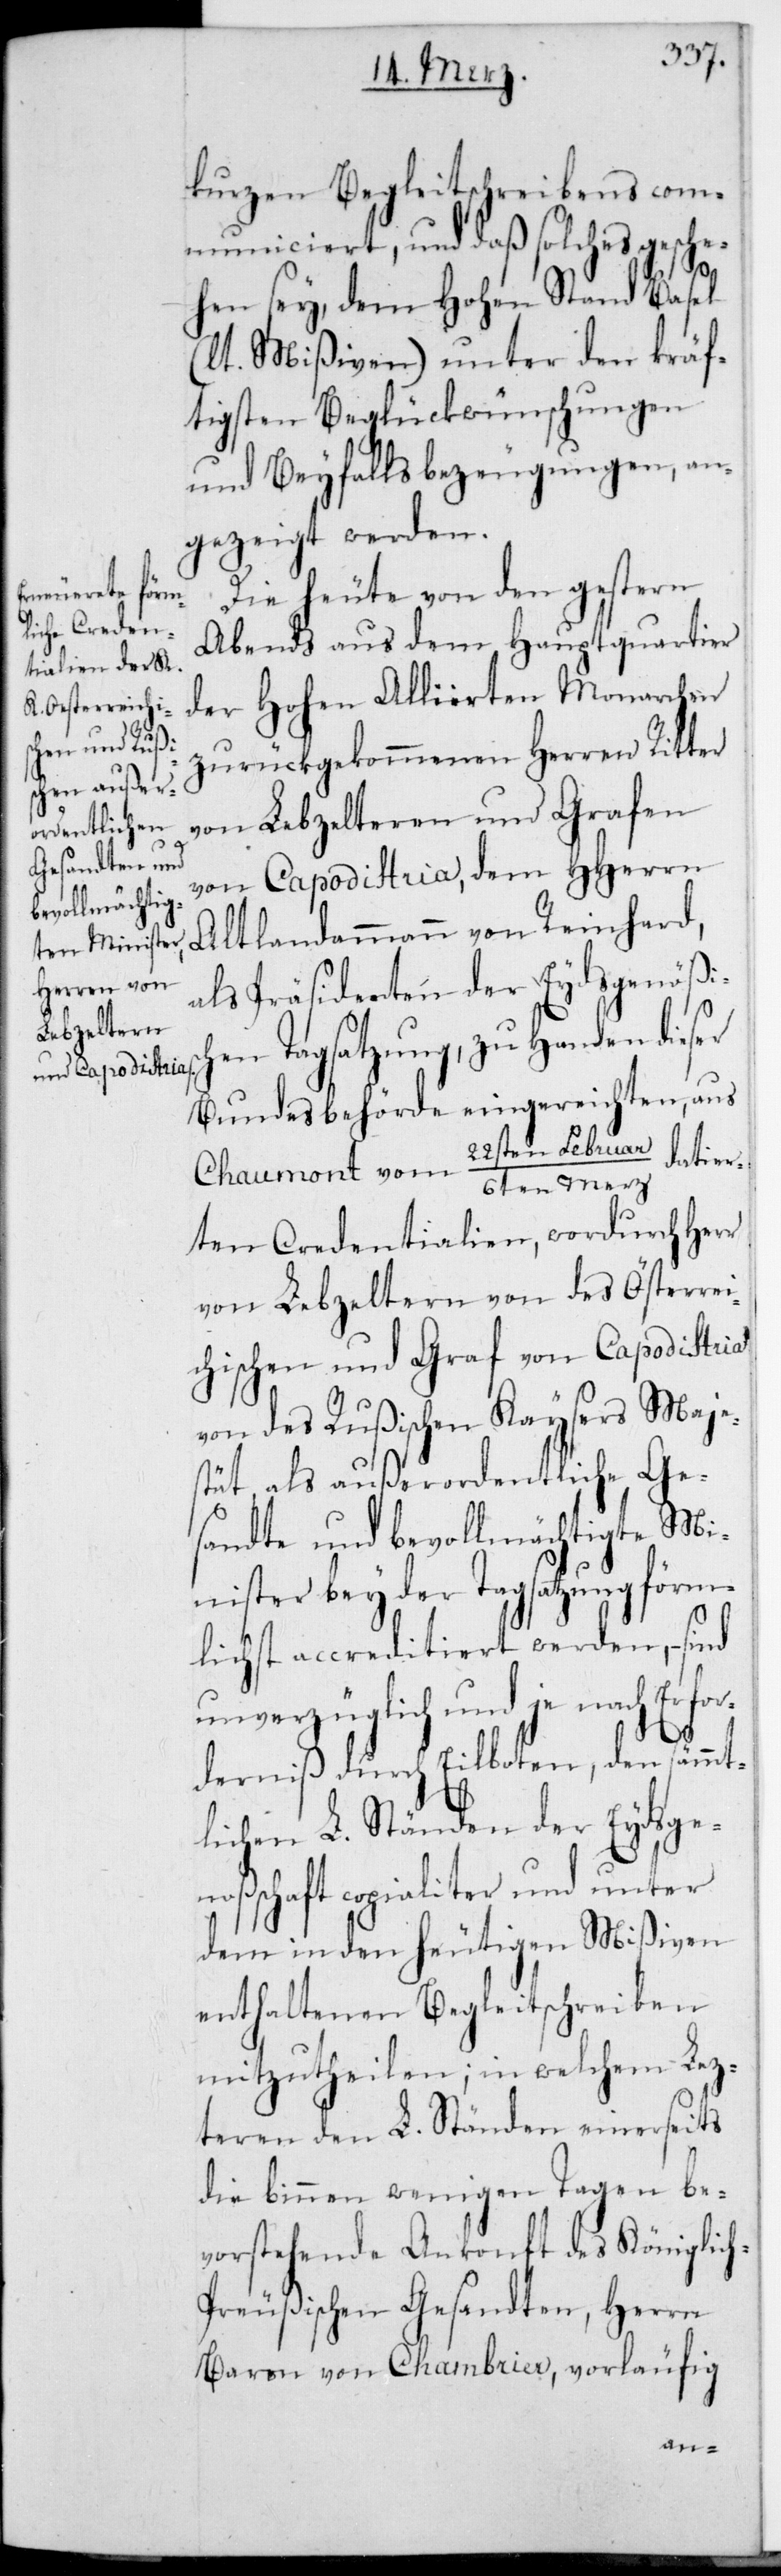
ar/6ten Merz

kurzen Begleitschreibens com¬
municiert, und daß solches gesche¬
hen sey, dem Hohen Stand Basel
t Mißiven) unter den kräf¬
tigsten Beglückwünschungen
und Beyfallsbezeugungen, an¬
gezeigt werden.
Die heute von den gestern
Abends aus dem Hauptquartier
der Hohen Alliierten Monarchen
zurückgekommenen Herren Ritter
von Lebzeltern und Grafen
von Capodistria, dem HHerrn
Altlandammann von Reinhard,
als Präsidenten der Eydsgenößisc¬
hen Tagsatzung, zu Handen dieser
Bundesbehörde eingereichten, aus
datier¬
Chaumont vom 22sten Febru¬
ten Credentialien, wordurch Herr
von Lebzeltern von des Oesterrei¬
chischen und Graf von Capodistria
von des Rußischen Kaysers Maje¬
stät als außerordentliche Ge¬
sandte und bevollmächtige Mi¬
nister bey der Tagsatzung förm¬
lichst accreditiert werden, – sind
unverzüglich und je nach Erfor¬
dernis durch Eilboten, den sämmt¬
lichen L. Ständen der Eydsge¬
noßenschaft copialiter und unter
dem in den heutigen Mißiven
enthaltenen Begleitschreiben
mitzutheilen; in welchem lez¬
teren der L. Ständen einerseits
die binnen wenigen Tagen be¬
vorstehende Ankonft des Königlic¬
h-Preußischen Gesandten, Herrn
Baron von Chambrier, vorläufig
(lau¬